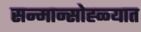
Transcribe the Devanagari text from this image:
सन्मान्सोह्ळ्यात